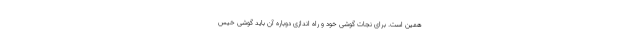
همین است. برای نجات گوشی خود و راه اندازی دوباره آن باید گوشی خیس